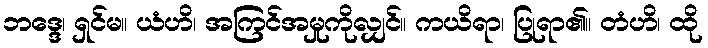
ဘဒ္ဒေ၊ ရှင်မ။ ယံဟိ၊ အကြင်အမှုကိုလျှင်။ ကယိရာ၊ ပြုရာ၏။ တံဟိ၊ ထို